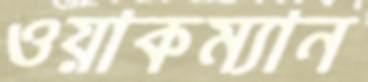
ওয়াকম্যান